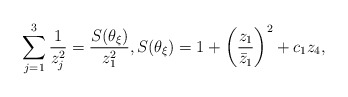
\begin{align*}\sum_{j=1}^3 \frac{1}{z_j^2}=\frac{S(\theta_\xi )}{z_1^2},S(\theta_\xi )=1+\left(\frac{z_1}{\bar z_1}\right)^2 +c_1 z_4,\end{align*}